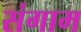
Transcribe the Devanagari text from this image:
संगाम